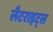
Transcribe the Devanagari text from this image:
लैटराइट्स